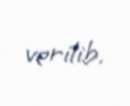
verilib.